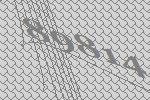
89814